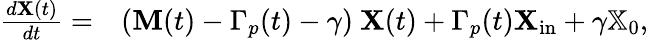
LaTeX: \begin{array}{rl}{\frac{d\mathbf{X}(t)}{dt}=}&{{}(\mathbf{M}(t)-\Gamma_{p}(t)-\gamma)\ \mathbf{X}(t)+\Gamma_{p}(t)\mathbf{X}_{\mathrm{in}}+\gamma\mathbb{X}_{0},}\end{array}